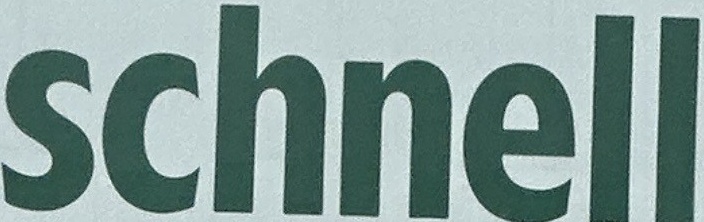
schnell